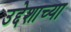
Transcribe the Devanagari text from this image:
उद्देशाच्या